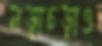
নড়াচড়াও